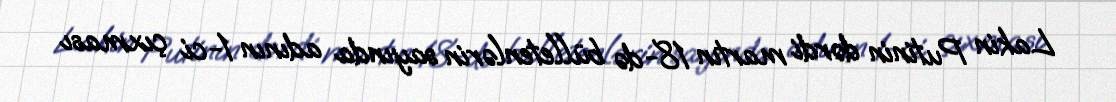
Lakin Putinin dərdi martın 18-də bülletenlərin sayında adının 1-ci çıxması